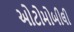
ઓટોમોબીલી